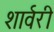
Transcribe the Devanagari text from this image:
शार्वरी